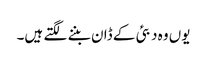
یوں وہ دبئی کے ڈان بننے لگتے ہیں۔